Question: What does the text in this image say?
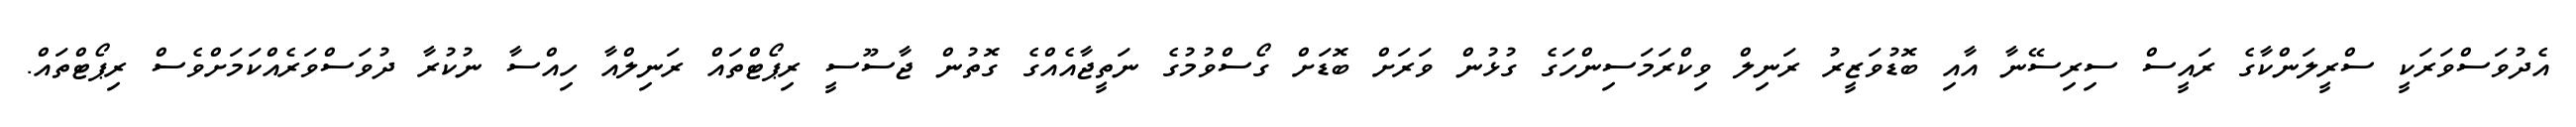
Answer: އެދުވަސްވަރަކީ ސްރީލަންކާގެ ރައީސް ސިރިސޭނާ އާއި ބޮޑުވަޒީރު ރަނިލް ވިކްރަމަސިންހަގެ ގުޅުން ވަރަށް ބޮޑަށް ގޯސްވުމުގެ ނަތީޖާއެއްގެ ގޮތުން ޖާސޫސީ ރިޕޯޓްތައް ރަނިލްއާ ހިއްސާ ނުކުރާ ދުވަސްވަރެއްކަމަށްވެސް ރިޕޯޓްތައް.